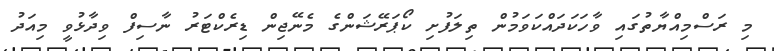
މި ރަސްމިއްޔާތުގައި ވާހަކަދައްކަވަމުން ތިލަފުށި ކޯޕަރޭޝަންގެ މެނޭޖިން ޑިރެކްޓަރު ނާސިފް ވިދާޅުވީ މިއަދު